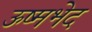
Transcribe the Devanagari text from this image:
ऊष्मभेद